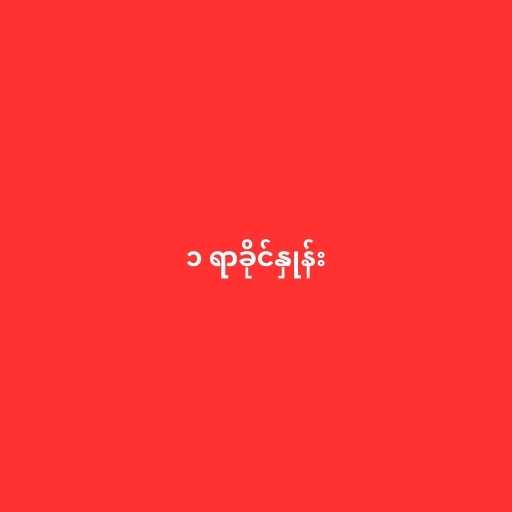
၁ ရာခိုင်နှုန်း